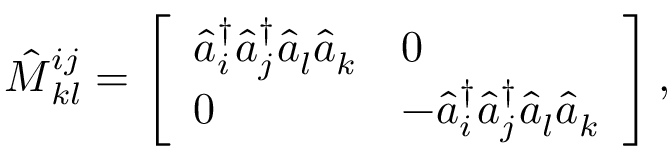
\hat { M } { } _ { k l } ^ { i j } = \left[ \begin{array} { l l } { \hat { a } _ { i } ^ { \dagger } \hat { a } _ { j } ^ { \dagger } \hat { a } _ { l } ^ { } \hat { a } _ { k } ^ { } } & { 0 } \\ { 0 } & { - \hat { a } _ { i } ^ { \dagger } \hat { a } _ { j } ^ { \dagger } \hat { a } _ { l } ^ { } \hat { a } _ { k } ^ { } } \end{array} \right] ,